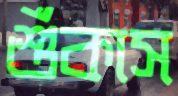
শুঁকাস